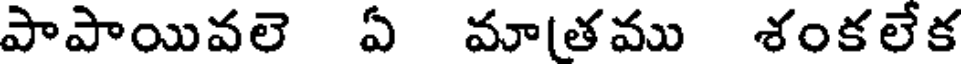
పాపాయివలె ఏ మా[తము శంకలేక